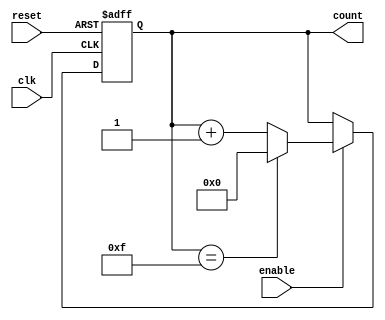
module async_counter (
    input wire clk,       // Clock signal
    input wire reset,     // Asynchronous reset signal
    input wire enable,    // Enable signal for counting
    output reg [3:0] count // 4-bit output count
);

    // Asynchronous reset and counting logic
    always @(posedge clk or posedge reset) begin
        if (reset) begin
            count <= 4'b0000; // Reset count to zero
        end else if (enable) begin
            if (count == 4'b1111) begin
                count <= 4'b0000; // Wrap around to zero
            end else begin
                count <= count + 1; // Increment count
            end
        end
    end
endmodule